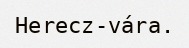
Herecz-vára.